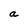
Character: a